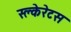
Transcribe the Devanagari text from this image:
स्क्लेरेटस